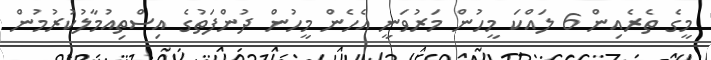
މީގެ ތެރެއިން 6 ލައްކަ މީހުން މަރުވަނީ އެހެން މީހުން ދުންފަތުގެ އިސްތިއުމާލުކުރުމުން